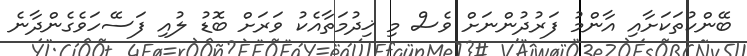
ބޭންކުތަކަށާއި އާންމު ފަރުދުންނަށް ވެސް މި ޚިދުމަތާއެކު ވަރަށް ބޮޑު ލުއި ފަސޭހަވެގެންދާނެ